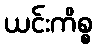
ယင်းကိစ္စ